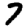
Digit: 7